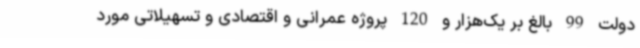
دولت 99 بالغ بر یک‌هزار و 120 پروژه عمرانی و اقتصادی و تسهیلاتی مورد